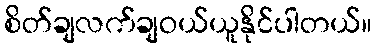
စိတ်ချလက်ချဝယ်ယူနိုင်ပါတယ်။